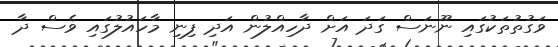
ވަގުތުތަކުގައި ނޫނަސް ގަދަ އަށް ދާހިއްލުން އަދި ފިނި މާހައުލުގައި ވެސް ދާ